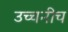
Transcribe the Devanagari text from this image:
उच्चनीच